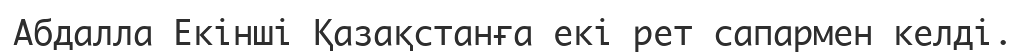
Абдалла Екінші Қазақстанға екі рет сапармен келді.